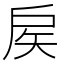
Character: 𢨻